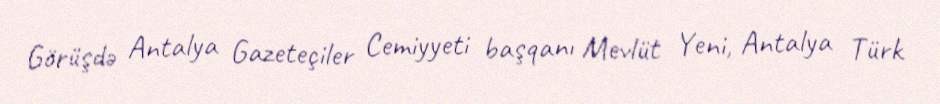
Görüşdə Antalya Gazeteçiler Cemiyyeti başqanı Mevlüt Yeni, Antalya Türk